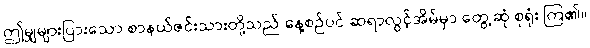
ဤမျှများပြားသော စာနယ်ဇင်းသားတို့သည် နေ့စဉ်ပင် ဆရာလွင့်အိမ်မှာ တွေ့ဆုံ စုရုံး ကြ၏။